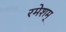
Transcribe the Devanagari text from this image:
रमेशम्